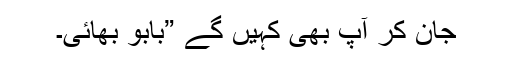
جان کر آپ بھی کہیں گے ”بابو بھائی۔